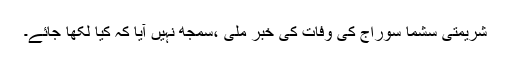
شریمتی سشما سوراج کی وفات کی خبر ملی ،سمجھ نہیں آیا کہ کیا لکھا جائے۔